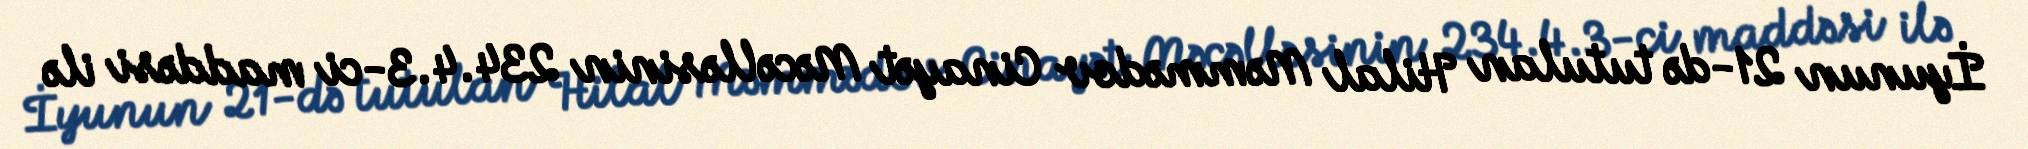
İyunun 21-də tutulan Hilal Məmmədov Cinayət Məcəlləsinin 234.4.3-ci maddəsi ilə